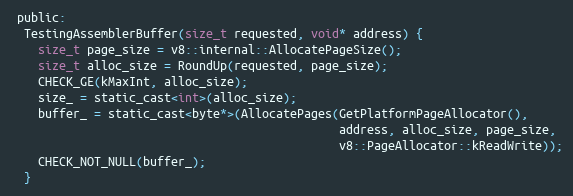
Language: C
 public:
  TestingAssemblerBuffer(size_t requested, void* address) {
    size_t page_size = v8::internal::AllocatePageSize();
    size_t alloc_size = RoundUp(requested, page_size);
    CHECK_GE(kMaxInt, alloc_size);
    size_ = static_cast<int>(alloc_size);
    buffer_ = static_cast<byte*>(AllocatePages(GetPlatformPageAllocator(),
                                               address, alloc_size, page_size,
                                               v8::PageAllocator::kReadWrite));
    CHECK_NOT_NULL(buffer_);
  }